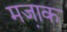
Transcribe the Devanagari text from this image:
मजा़क